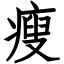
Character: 瘦